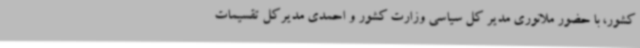
کشور، با حضور ملانوری مدیر کل سیاسی وزارت کشور و احمدی مدیرکل تقسیمات